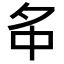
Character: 𡖌